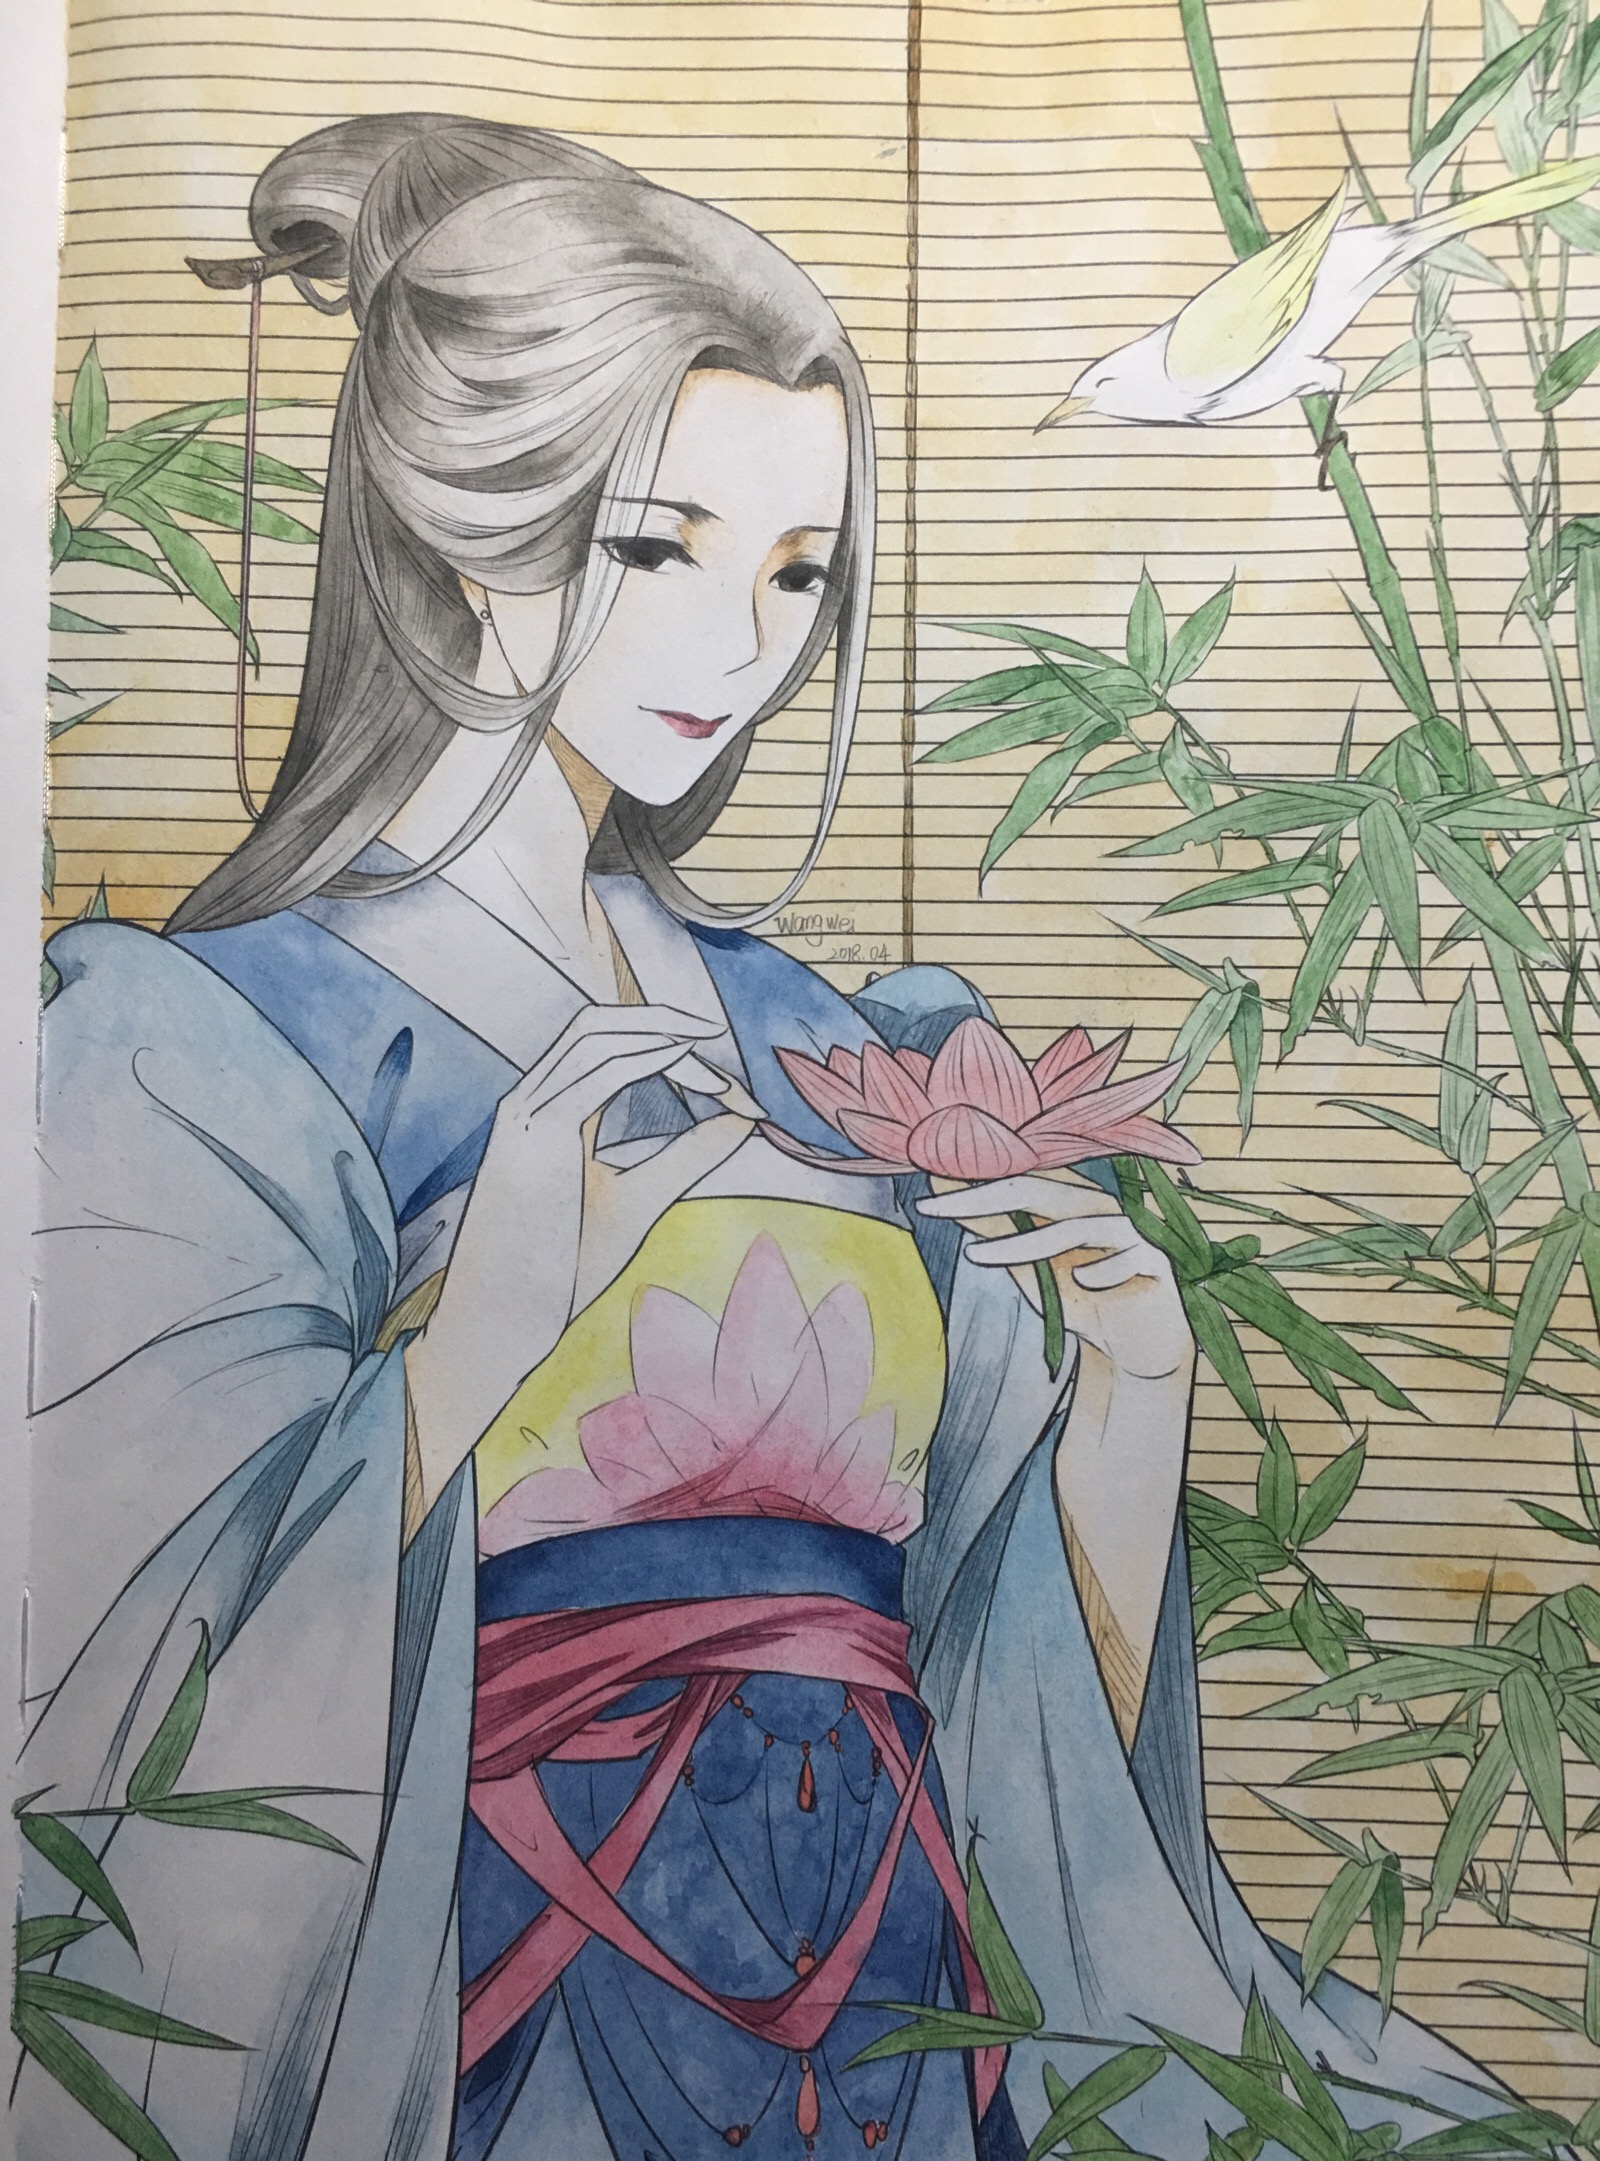
裳裳者华，其叶湑兮。